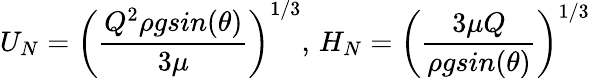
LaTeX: U_{N}=\left(\frac{Q^{2}\rho gsin(\theta)}{3\mu}\right)^{1/3},\, H_{N}=\left(\frac{3\mu Q}{\rho gsin(\theta)}\right)^{1/3}